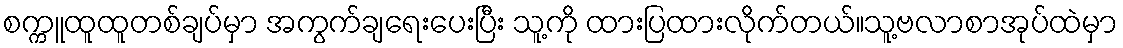
စက္ကူထူထူတစ်ချပ်မှာ အကွက်ချရေးပေးပြီး သူ့ကို ထားပြထားလိုက်တယ်။သူ့ဗလာစာအုပ်ထဲမှာ